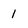
Character: 1